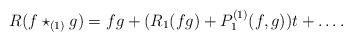
LaTeX: \begin{align*}R(f \star_{(1)} g) = fg + (R_1(fg) + P^{(1)}_1(f,g))t + \dots .\end{align*}